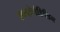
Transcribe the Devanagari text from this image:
एथ्नोमेडिसिन